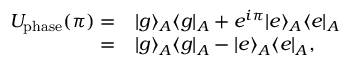
\begin{array} { r l } { U _ { \mathrm { p h a s e } } ( \pi ) = } & { { } | g \rangle _ { A } \langle g | _ { A } + e ^ { i \pi } | e \rangle _ { A } \langle e | _ { A } } \\ { = } & { { } | g \rangle _ { A } \langle g | _ { A } - | e \rangle _ { A } \langle e | _ { A } , } \end{array}